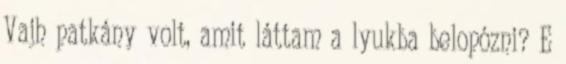
Vajh patkány volt, amit láttam a lyukba belopózni? E